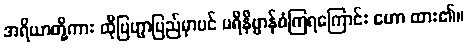
အရိယာတို့ကား ထိုဗြဟ္မာပြည်မှာပင် ပရိနိဗ္ဗာန်စံကြရကြောင်း ဟော ထား၏။